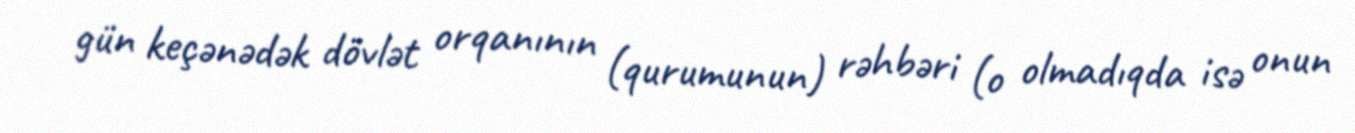
gün keçənədək dövlət orqanının (qurumunun) rəhbəri (o olmadıqda isə onun